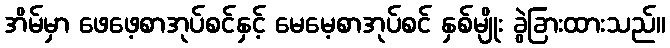
အိမ်မှာ ဖေဖေ့စာအုပ်စင်နှင့် မေမေ့စာအုပ်စင် နှစ်မျိုး ခွဲခြားထားသည်။